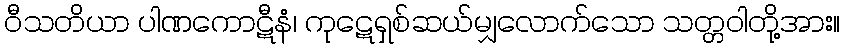
ဝီသတိယာ ပါဏကောဋီနံ၊ ကုဋေရှစ်ဆယ်မျှလောက်သော သတ္တဝါတို့အား။